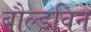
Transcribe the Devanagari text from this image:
बौल्डविन